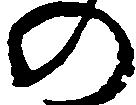
の